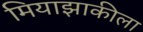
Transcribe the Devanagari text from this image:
मियाझाकीला